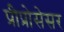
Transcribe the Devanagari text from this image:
प्रीप्रोसेसर